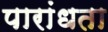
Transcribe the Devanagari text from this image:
पारांधता